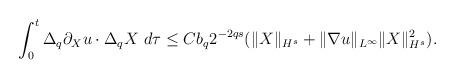
LaTeX: \begin{align*}\int_0^t\Delta_q\partial_Xu\cdot \Delta_q X~d\tau\leq Cb_q2^{-2qs}(\|X\|_{H^s}+\|\nabla u\|_{L^\infty}\|X\|_{H^s}^2).\end{align*}